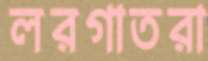
লরগাতরা